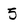
Character: 5